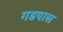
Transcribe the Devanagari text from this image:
गडयास